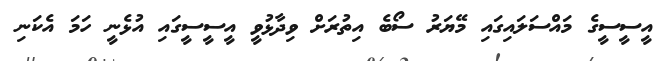
އީސީސީގެ މައްސަލައިގައި މޭޔަރު ސޯބެ އިތުރަށް ވިދާޅުވީ އީސީސީގައި އުޅެނީ ހަމަ އެކަނި